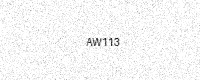
Text: AW113